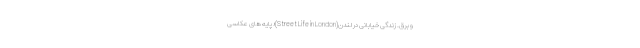
و برق. زندگی خیابانی در لندن(Street Life in London)؛ پایه های عکاسی